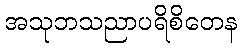
အသုဘသညာပရိစိတေန